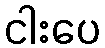
ငါးပေ